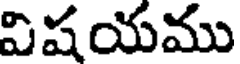
విషయము